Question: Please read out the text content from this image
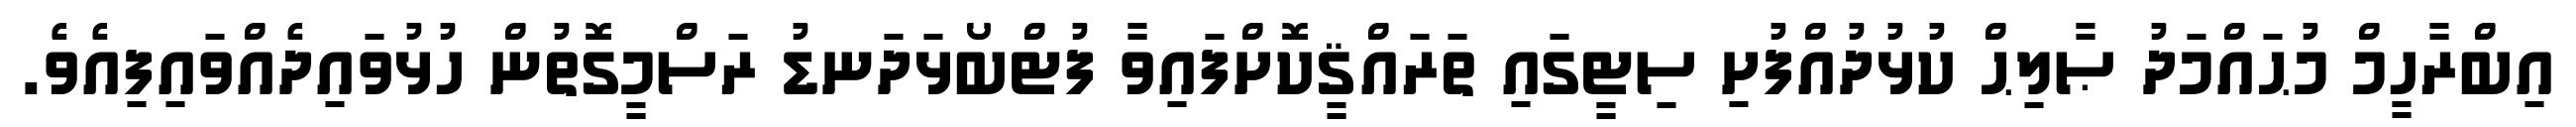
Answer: އިބްރާހީމް މުޙައްމަދު ޞާލިޙް ކުޅުދުއްފުށި ސިޓީގައި ތަރައްޤީކޮށްފައިވާ ފުޓްބޯޅަދަނޑު ރަސްމީގޮތުން ހުޅުވައިދެއްވައިފިއެވެ.